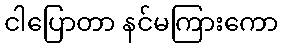
ငါပြောတာ နင်မကြားကော